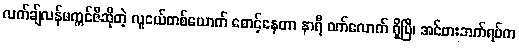
လက်ချ်လန်မက္ကင်ဇီဆိုတဲ့ လူငယ်တစ်ယောက် စောင့်နေတာ နာရီ ဝက်လောက် ရှိပြီ၊ အင်ဗားဘက်ရပ်က